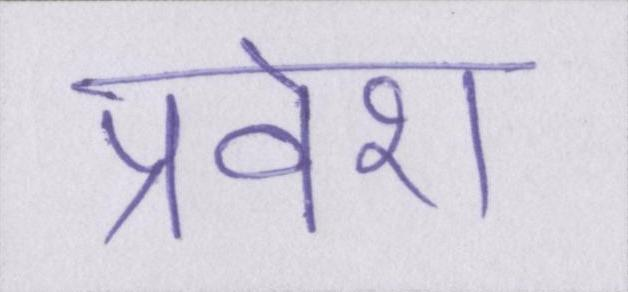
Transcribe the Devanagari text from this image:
प्रवेश